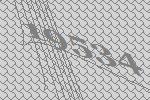
19534